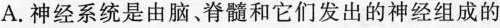
A.神经系统是由脑、脊髓和它们发出的神经组成的